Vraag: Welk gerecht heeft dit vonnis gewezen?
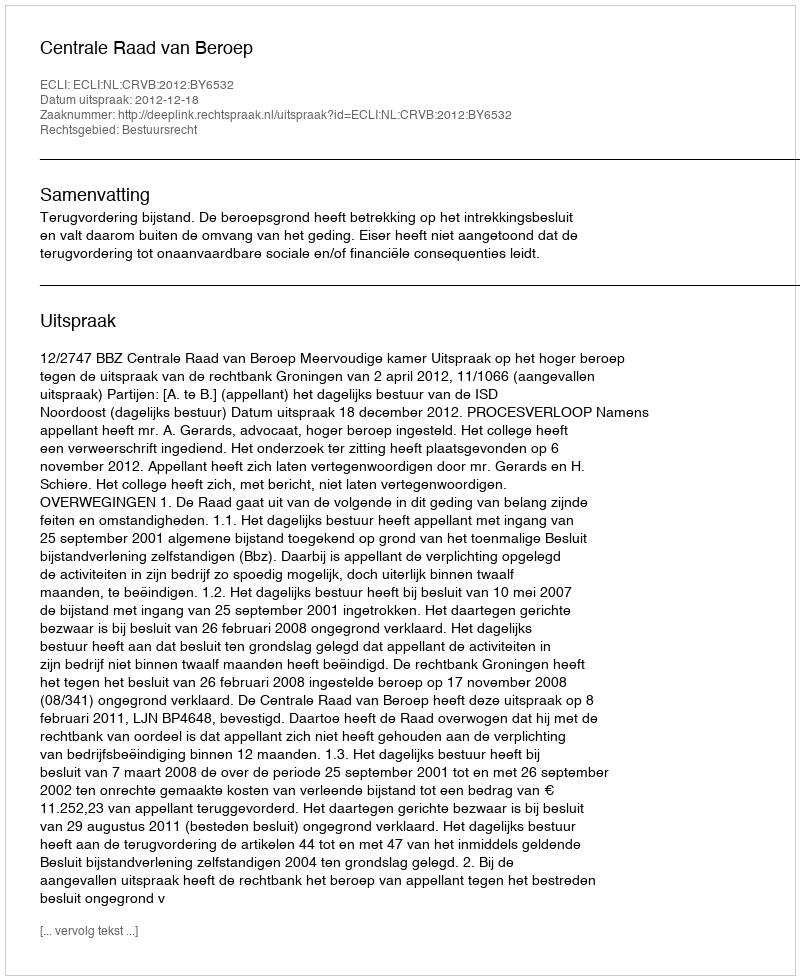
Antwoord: Centrale Raad van Beroep